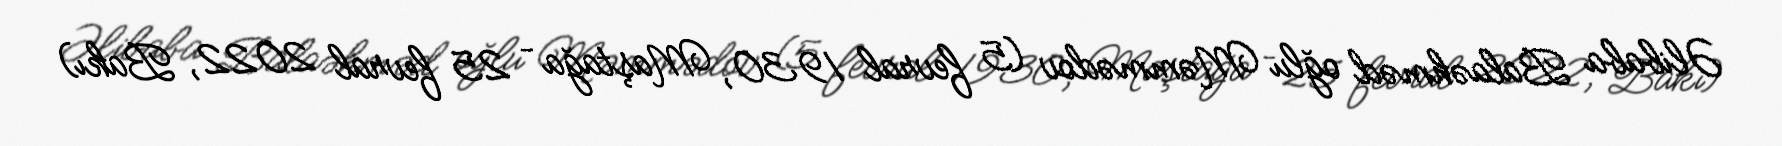
Əlibaba Balaəhməd oğlu Məmmədov (5 fevral 1930, Maştağa – 25 fevral 2022, Bakı)